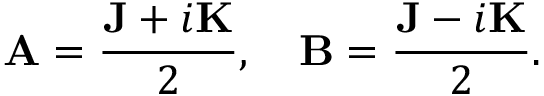
\mathbf { A } = { \frac { \mathbf { J } + i \mathbf { K } } { 2 } } , \quad \mathbf { B } = { \frac { \mathbf { J } - i \mathbf { K } } { 2 } } .